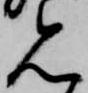
見